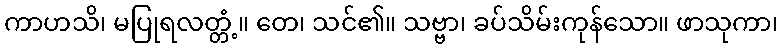
ကာဟသိ၊ မပြုရလတ္တံ့။ တေ၊ သင်၏။ သဗ္ဗာ၊ ခပ်သိမ်းကုန်သော။ ဖာသုကာ၊